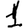
Digit: 1